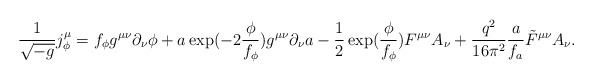
\begin{align*}\frac{1}{\sqrt{-g}}j^\mu_\phi=f_\phi g^{\mu\nu}\partial_\nu\phi +a\exp(-2\frac{\phi}{f_\phi})g^{\mu\nu}\partial_\nu a-\frac{1}{2}\exp(\frac{\phi}{f_\phi})F^{\mu\nu}A_\nu+\frac{q^2}{16\pi^2}\frac{a}{f_a}\tilde{F}^{\mu\nu}A_\nu.\end{align*}